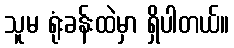
သူမ ရုံးခန်းထဲမှာ ရှိပါတယ်။